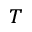
^ { T }